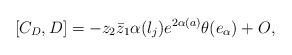
LaTeX: \begin{align*}[C_D,D]=-z_2\bar{z}_1\alpha(l_j)e^{2\alpha(a)}\theta(e_{\alpha})+O,\end{align*}